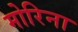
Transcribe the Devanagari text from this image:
मोरिना